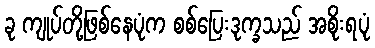
ခု ကျုပ်တို့ဖြစ်နေပုံက စစ်ပြေးဒုက္ခသည် အစိုးရပုံ